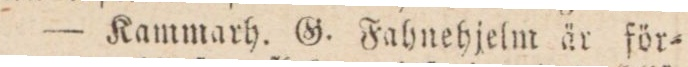
— Kammarh. G. Fahnehjelm är för=